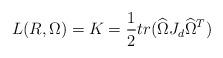
LaTeX: \begin{align*} L(R,\Omega) = K = \frac{1}{2}tr(\widehat{\Omega}J_d\widehat{\Omega}^T) \end{align*}